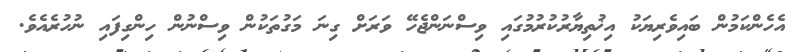
އެހެންކަމުން ބައިވެރިޔަކު އިޚުތިޔާރުކުރުމުގައި ވިސްނަންޖެހޭ ވަރަށް ގިނަ މަގުތަކުން ވިސްނުން ހިންގިފައި ނުހުރެއެވެ.